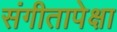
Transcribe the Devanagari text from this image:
संगीतापेक्षा